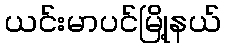
ယင်းမာပင်မြို့နယ်